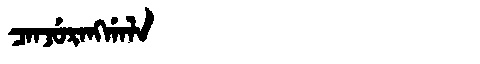
Manchu: ᠴᠠᠨᠵᡠᡵᠠᠩᡤᠠᠯᠠ
Romanization: CANJURANGGALA